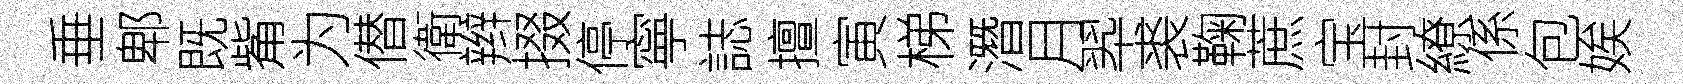
垂郫既觜为僣衛辫掇停寧誌擅寅梯潛月翆裘鞠蔗宝封繚係包娭